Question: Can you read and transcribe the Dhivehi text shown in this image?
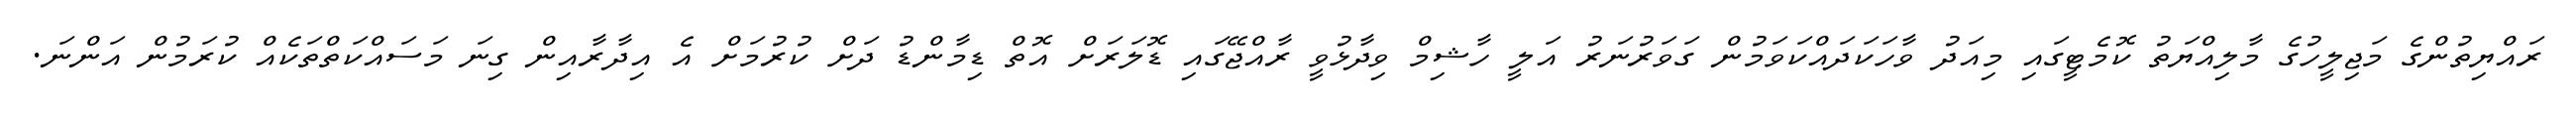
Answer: ރައްޔިތުންގެ މަޖިލީހުގެ މާލިއްޔަތު ކޮމެޓީގައި މިއަދު ވާހަކަދައްކަވަމުން ގަވަރުނަރު އަލީ ހާޝިމް ވިދާޅުވީ ރާއްޖޭގައި ޑޮލަރަށް އޮތް ޑިމާންޑު ދަށް ކުރުމަށް އެ އިދާރާއިން ގިނަ މަސައްކަތްތަކެއް ކުރަމުން އަންނަ.